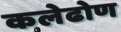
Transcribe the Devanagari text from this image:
कलेढोण